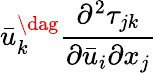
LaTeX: {\bar{u}_{k}^{\dag}\frac{{{\partial^{2}}{\tau_{jk}}}}{{\partial{{\bar{u}}_{i}}\partial{x_{j}}}}}